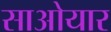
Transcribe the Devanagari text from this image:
साओयार